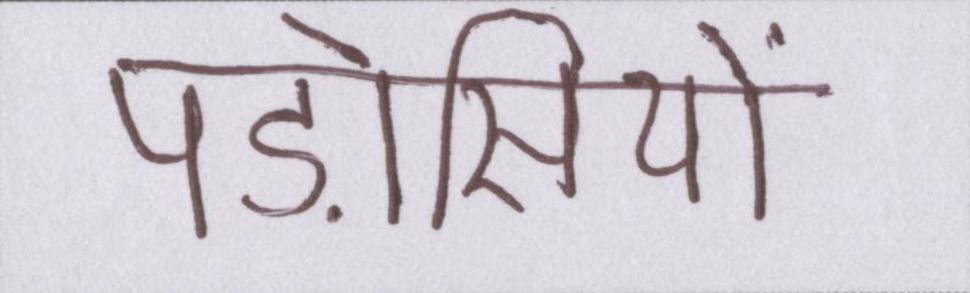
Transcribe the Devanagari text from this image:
पड़ोसियों